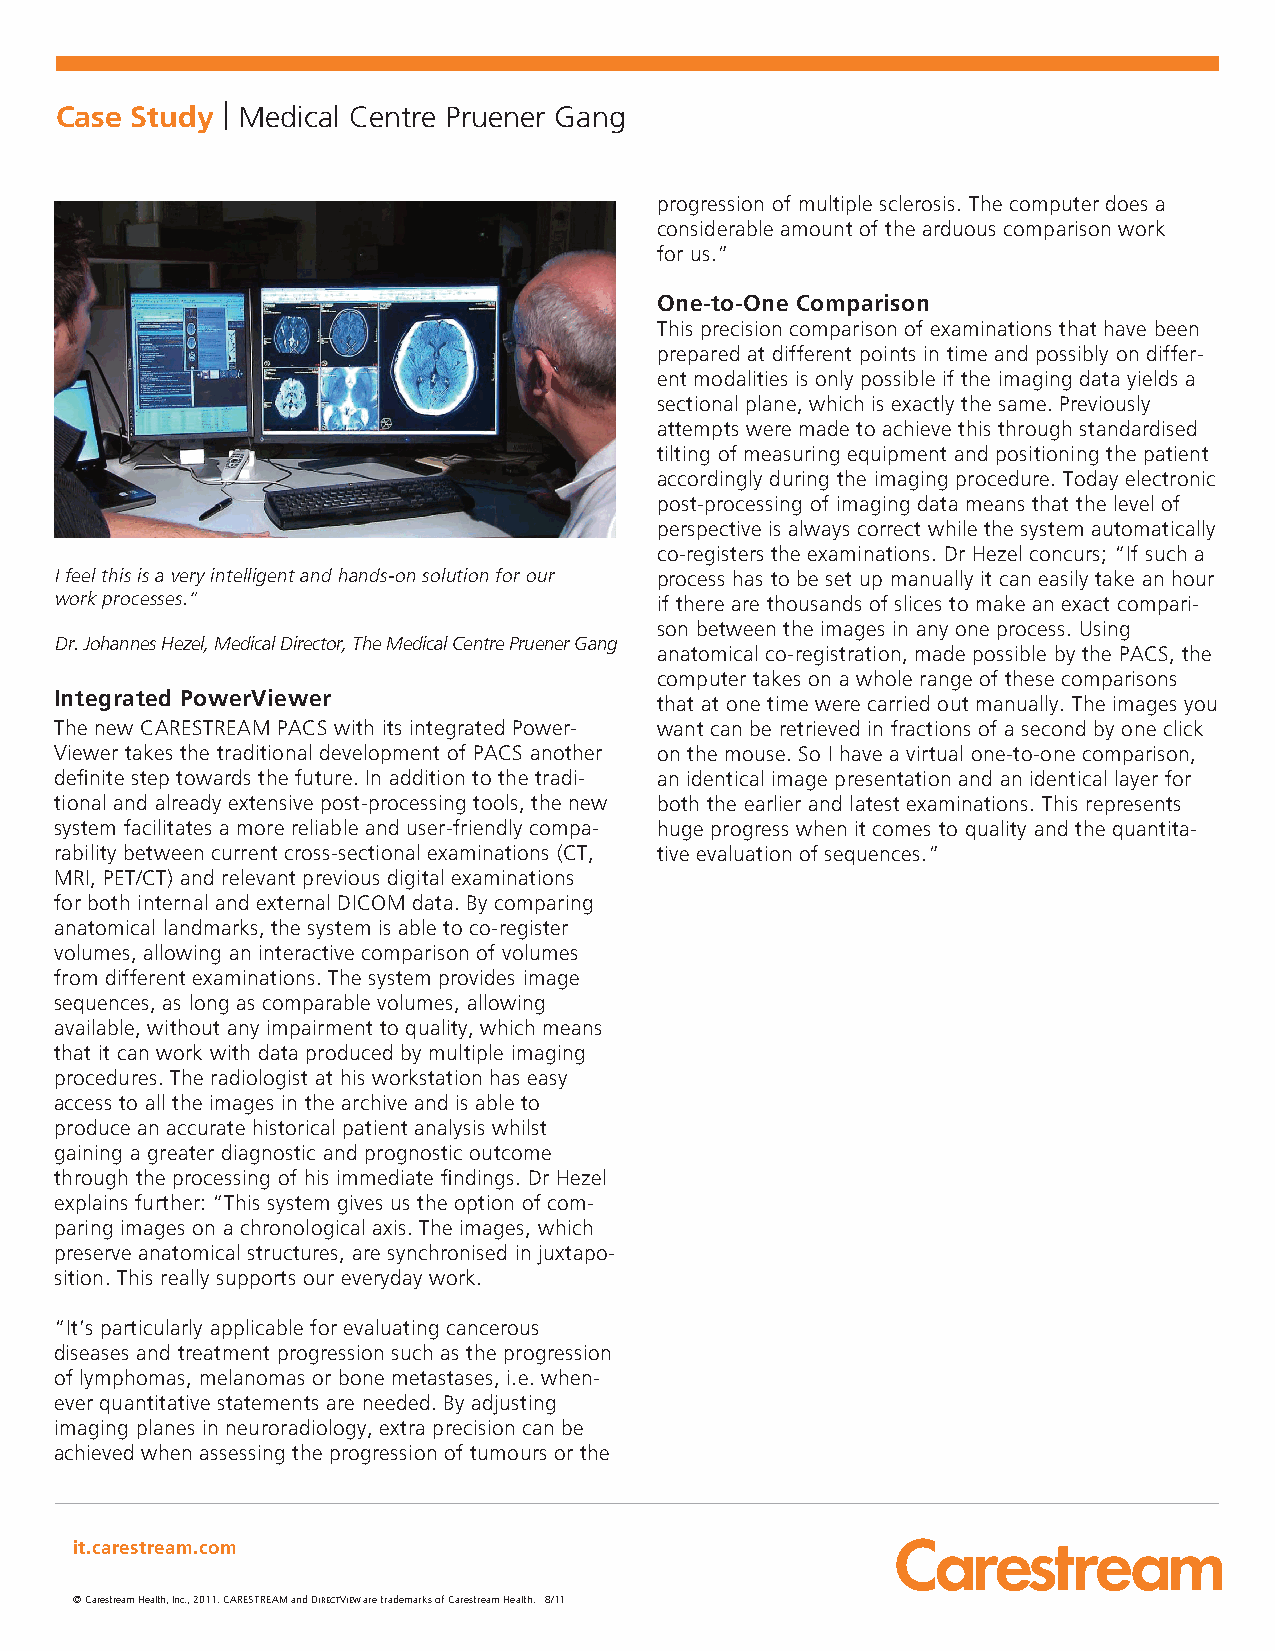
Case Study | Medical Centre Pruener Gang
 progression of multiple sclerosis. The computer does a
 considerable amount of the arduous comparison work
 for us.”
 One-to-One Comparison
 This precision comparison of examinations that have been
 prepared at different points in time and possibly on differ-
 ent modalities is only possible if the imaging data yields a
 sectional plane, which is exactly the same. Previously
 attempts were made to achieve this through standardised
 tilting of measuring equipment and positioning the patient
 accordingly during the imaging procedure. Today electronic
 post-processing of imaging data means that the level of
 perspective is always correct while the system automatically
 co-registers the examinations. Dr Hezel concurs; “If such a
 I feel this is a very intelligent and hands-on solution for our process has to be set up manually it can easily take an hour
 work processes.”                       if there are thousands of slices to make an exact compari-
 son between the images in any one process. Using
 Dr. Johannes Hezel, Medical Director, The Medical Centre Pruener Gang
 anatomical co-registration, made possible by the PACS, the
 computer takes on a whole range of these comparisons
 Integrated PowerViewer
 that at one time were carried out manually. The images you
 The new CARESTREAM PACS with its integrated Power- want can be retrieved in fractions of a second by one click
 Viewer takes the traditional development of PACS another on the mouse. So I have a virtual one-to-one comparison,
 definite step towards the future. In addition to the tradi- an identical image presentation and an identical layer for
 tional and already extensive post-processing tools, the new both the earlier and latest examinations. This represents
 system facilitates a more reliable and user-friendly compa- huge progress when it comes to quality and the quantita-
 rability between current cross-sectional examinations (CT, tive evaluation of sequences.”
 MRI, PET/CT) and relevant previous digital examinations
 for both internal and external DICOM data. By comparing
 anatomical landmarks, the system is able to co-register
 volumes, allowing an interactive comparison of volumes
 from different examinations. The system provides image
 sequences, as long as comparable volumes, allowing
 available, without any impairment to quality, which means
 that it can work with data produced by multiple imaging
 procedures. The radiologist at his workstation has easy
 access to all the images in the archive and is able to
 produce an accurate historical patient analysis whilst
 gaining a greater diagnostic and prognostic outcome
 through the processing of his immediate findings. Dr Hezel
 explains further: “This system gives us the option of com-
 paring images on a chronological axis. The images, which
 preserve anatomical structures, are synchronised in juxtapo-
 sition. This really supports our everyday work.
 “It’s particularly applicable for evaluating cancerous
 diseases and treatment progression such as the progression
 of lymphomas, melanomas or bone metastases, i.e. when-
 ever quantitative statements are needed. By adjusting
 imaging planes in neuroradiology, extra precision can be
 achieved when assessing the progression of tumours or the
 it.carestream.com
 © Carestream Health, Inc., 2011. CARESTREAM and DIRECTVIEW are trademarks of Carestream Health. 8/11